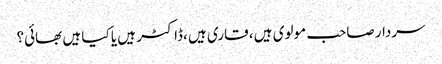
سردار صاحب مولوی ہیں ، قاری ہیں ،ڈاکٹر ہیں یا کیا ہیں بھائی؟